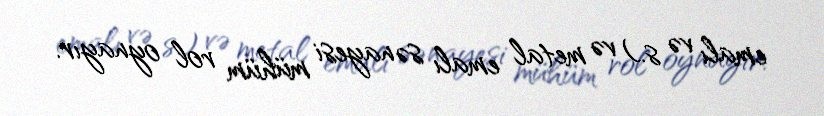
emalı və s.) və metal emalı sənayesi mühüm rol oynayır.